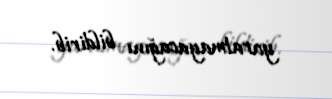
yaratmayacağını bildirib.